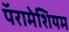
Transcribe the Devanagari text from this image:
पॅरामेशियम